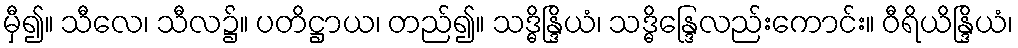
မှီ၍။ သီလေ၊ သီလ၌။ ပတိဋ္ဌာယ၊ တည်၍။ သဒ္ဓိန္ဒြိယံ၊ သဒ္ဓိန္ဒြေလည်းကောင်း။ ဝီရိယိန္ဒြိယံ၊